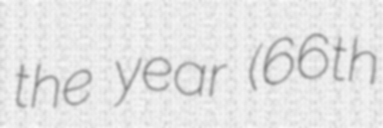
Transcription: the year (66th